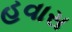
હવાસ